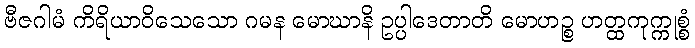
ဗီဇဂါမံ ကိရိယာဝိသေသော ဂမန မောဃာနိ ဥပ္ပါဒေတာတိ မောဟဉ္စ ဟတ္ထကုက္ကုစ္စံ